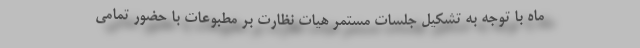
ماه با توجه به تشکیل جلسات مستمر هیات نظارت بر مطبوعات با حضور تمامی